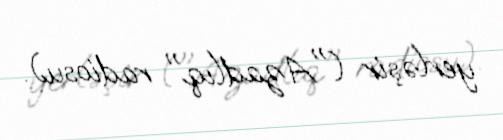
yerləşir ("Azadlıq" radiosu).